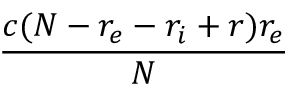
\frac { c ( N - r _ { e } - r _ { i } + r ) r _ { e } } { N }